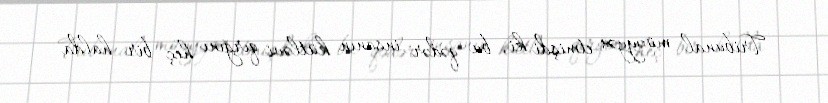
Tribunal müəyyən etmişdi ki, bu qədər insanın kütləvi qırğını heç bir halda